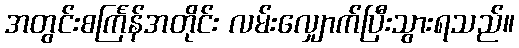
အတွင်းစင်္ကြန်အတိုင်း လမ်းလျှောက်ပြီးသွားရသည်။